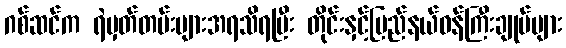
ဂစ်ဆင်က ရဲမှတ်တမ်းများအရသိရပြီး တိုင်းနှင့်ပြည်နယ်ဝန်ကြီးချုပ်များ